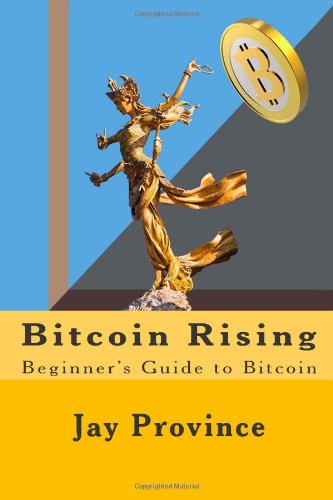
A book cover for Bitcoin Rising: Beginner's Guide to Bitcoin; Jay B Province; Computers & Technology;